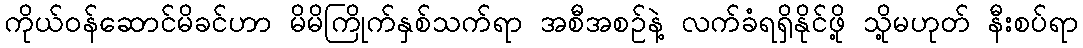
ကိုယ်ဝန်ဆောင်မိခင်ဟာ မိမိကြိုက်နှစ်သက်ရာ အစီအစဉ်နဲ့ လက်ခံရရှိနိုင်ဖို့ သို့မဟုတ် နီးစပ်ရာ